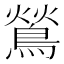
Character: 鶑